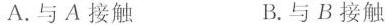
A.与A接触 B.与B接触